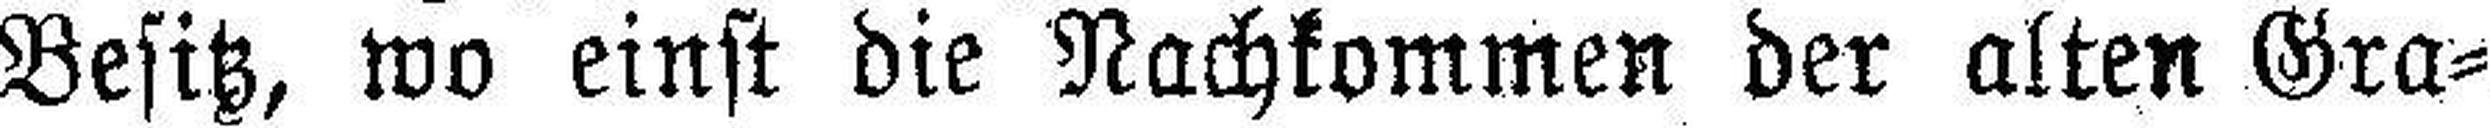
Besitz, wo einst die Nachkommen der alten Gra¬